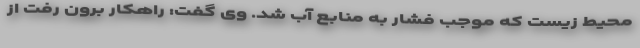
محیط زیست که موجب فشار به منابع آب شد. وی گفت: راهکار برون رفت از